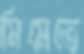
মিমেতে